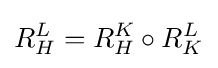
R_{H}^{L}=R_{H}^{K}\circ R_{K}^{L}